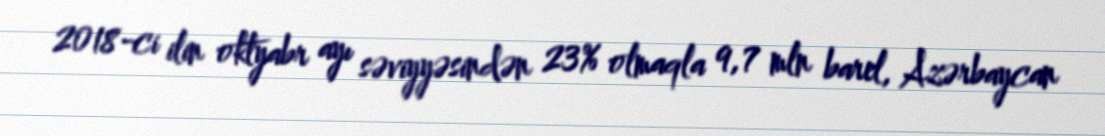
2018-ci ilin oktyabr ayı səviyyəsindən 23% olmaqla 9,7 mln barel, Azərbaycan